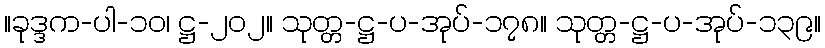
။ခုဒ္ဒက-ပါ-၁၀၊ ဋ္ဌ-၂၀၂။ သုတ္တ-ဋ္ဌ-ပ-အုပ်-၁၇၈။ သုတ္တ-ဋ္ဌ-ပ-အုပ်-၁၃၉။